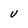
Character: V